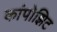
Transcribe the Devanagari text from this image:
कांपोझिट